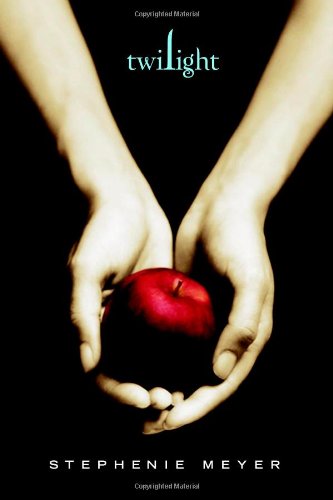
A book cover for Twilight; Stephenie Meyer; Romance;